Punjab Mental Hospital Lahore 1922-31 - 1922-1931
Year: 1922
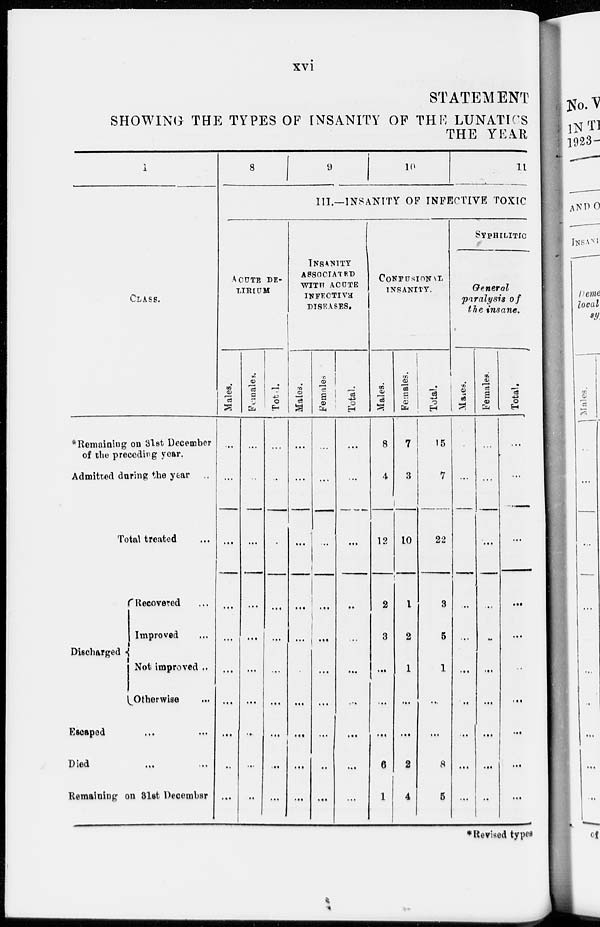
xvi
STATEMENT
SHOWING THE TYPES OF INSANITY OF THE LUNATICS
THE YEAR
1
CLASS.
*Remaining on 3lst December
of the preceding year.
Admitted during the year ...
Total treated ...
Discharged
Recovered ...
Improved ...
Not improved ...
Otherwise ...
Escaped ... ...
Died ... ...
Remaining on 31st December
8
9
10
11
III.—INSANITY OF INFECTIVE TOXIC
ACUTE DE-
LIRIUM
Males.
...
...
...
...
...
...
...
...
...
...
Females.
...
...
...
...
...
...
...
...
...
...
Total.
...
...
...
...
...
...
...
...
...
...
INSANITY
ASSOCIATED
WITH ACUTE
INFECTIVE
DISEASES.
Males.
...
...
...
...
...
...
...
...
...
...
Females
...
...
...
...
...
...
...
...
...
...
Total.
...
...
...
...
...
...
...
...
...
...
CONFUSIONAL
INSANITY.
Males.
8
4
12
2
3
...
...
...
6
1
Females.
7
3
10
1
2
1
...
...
2
4
Total.
15
7
22
3
5
1
...
...
8
5
SYPHILITIC
General
paralysis of
the insane.
Males.
...
...
...
...
...
...
...
...
...
...
Females.
...
...
...
...
...
...
...
...
...
...
Total.
...
...
...
...
...
...
...
...
...
...
*Revised types